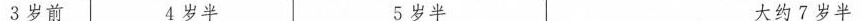
3岁前 4岁半 5岁半 大约7岁半